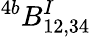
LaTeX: ^{4b}B_{12,34}^{I}